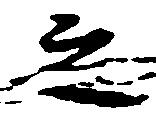
之